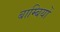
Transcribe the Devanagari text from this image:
बाम्बियों